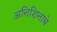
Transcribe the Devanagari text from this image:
अनिशिनाबे